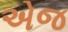
એજ